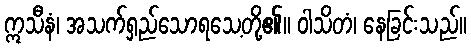
ဣသီနံ၊ အသက်ရှည်သောရသေ့တို့၏။ ဝါသိတံ၊ နေခြင်းသည်။